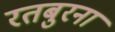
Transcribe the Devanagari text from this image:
रतबुरना